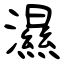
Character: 濕